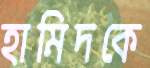
হামিদকে